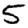
Digit: 5